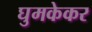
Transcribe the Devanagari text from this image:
घुमकेकर